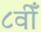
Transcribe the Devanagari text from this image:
८वीँ